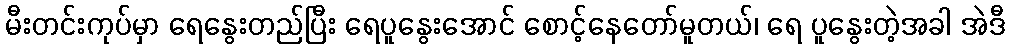
မီးတင်းကုပ်မှာ ရေနွေးတည်ပြီး ရေပူနွေးအောင် စောင့်နေတော်မူတယ်၊ ရေ ပူနွေးတဲ့အခါ အဲဒီ